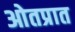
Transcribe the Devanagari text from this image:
ओतप्रात